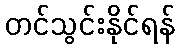
တင်သွင်းနိုင်ရန်